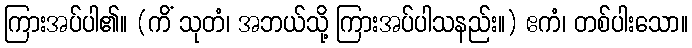
ကြားအပ်ပါ၏။ (ကိံ သုတံ၊ အဘယ်သို့ ကြားအပ်ပါသနည်း။) ဧကံ၊ တစ်ပါးသော။